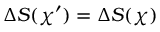
\Delta S ( \chi ^ { \prime } ) = \Delta S ( \chi )